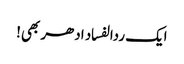
ایک ردالفساد ادھر بھی!